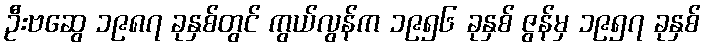
ဦးဗဆွေ ၁၉၈၇ ခုနှစ်တွင် ကွယ်လွန်က ၁၉၅၆ ခုနှစ် ဇွန်မှ ၁၉၅၇ ခုနှစ်